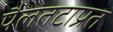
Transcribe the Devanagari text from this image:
पैलतटाप्रत